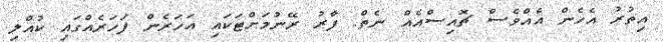
އިތުރު އެހެން އެއްވެސް ޗޮއިސްއެއް ނެތް. ފާރު ރޭނުމަށްޓަކައި އަހަރެން ފަހަރެއްގައި ކުއްލި